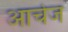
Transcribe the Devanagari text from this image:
आर्चेज